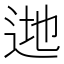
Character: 逇